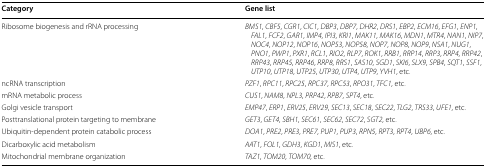
<table><thead><tr><td><b>Category</b></td><td><b>Gene list</b></td></tr></thead><tbody><tr><td>Ribosome biogenesis and rRNA processing</td><td><i>BMS1</i>, <i>CBF5</i>, <i>CGR1</i>, <i>CIC1</i>, <i>DBP3</i>, <i>DBP7</i>, <i>DHR2</i>, <i>DRS1</i>, <i>EBP2</i>, <i>ECM16</i>, <i>EFG1</i>, <i>ENP1</i>, <i>FAL1</i>, <i>FCF2</i>, <i>GAR1</i>, <i>IMP4</i>, <i>IPI3</i>, <i>KRI1</i>, <i>MAK11</i>, <i>MAK16</i>, <i>MDN1</i>, <i>MTR4</i>, <i>NAN1</i>, <i>NIP7</i>, <i>NOC4</i>, <i>NOP12</i>, <i>NOP16</i>, <i>NOP53</i>, <i>NOP58</i>, <i>NOP7</i>, <i>NOP8</i>, <i>NOP9</i>, <i>NSA1</i>, <i>NUG1</i>, <i>PNO1</i>, <i>PWP1</i>, <i>PXR1</i>, <i>RCL1</i>, <i>RIO2</i>, <i>RLP7</i>, <i>ROK1</i>, <i>RRB1</i>, <i>RRP14</i>, <i>RRP3</i>, <i>RRP4</i>, <i>RRP42</i>, <i>RRP43</i>, <i>RRP45</i>, <i>RRP46</i>, <i>RRP8</i>, <i>RRS1</i>, <i>SAS10</i>, <i>SGD1</i>, <i>SKI6</i>, <i>SLX9</i>, <i>SPB4</i>, <i>SQT1</i>, <i>SSF1</i>, <i>UTP10</i>, <i>UTP18</i>, <i>UTP25</i>, <i>UTP30</i>, <i>UTP4</i>, <i>UTP9</i>, <i>YVH1</i>, etc.</td></tr><tr><td>ncRNA transcription</td><td><i>PZF1</i>, <i>RPC11</i>, <i>RPC25</i>, <i>RPC37</i>, <i>RPC53</i>, <i>RPO31</i>, <i>TFC1</i>, etc.</td></tr><tr><td>mRNA metabolic process</td><td><i>CUS1</i>, <i>NAM8</i>, <i>NPL3</i>, <i>PRP42</i>, <i>RPB7</i>, <i>SPT4</i>, etc.</td></tr><tr><td>Golgi vesicle transport</td><td><i>EMP47</i>, <i>ERP1</i>, <i>ERV25</i>, <i>ERV29</i>, <i>SEC13</i>, <i>SEC18</i>, <i>SEC22</i>, <i>TLG2</i>, <i>TRS33</i>, <i>UFE1</i>, etc.</td></tr><tr><td>Posttranslational protein targeting to membrane</td><td><i>GET3</i>, <i>GET4</i>, <i>SBH1</i>, <i>SEC61</i>, <i>SEC62</i>, <i>SEC72</i>, <i>SGT2</i>, etc.</td></tr><tr><td>Ubiquitin-dependent protein catabolic process</td><td><i>DOA1</i>, <i>PRE2</i>, <i>PRE3</i>, <i>PRE7</i>, <i>PUP1</i>, <i>PUP3</i>, <i>RPN5</i>, <i>RPT3</i>, <i>RPT4</i>, <i>UBP6</i>, etc.</td></tr><tr><td>Dicarboxylic acid metabolism</td><td><i>AAT1</i>, <i>FOL1</i>, <i>GDH3</i>, <i>KGD1</i>, <i>MIS1</i>, etc.</td></tr><tr><td>Mitochondrial membrane organization</td><td><i>TAZ1</i>, <i>TOM20</i>, <i>TOM70</i>, etc.</td></tr></tbody></table>